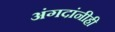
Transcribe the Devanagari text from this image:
अंगदांनीही